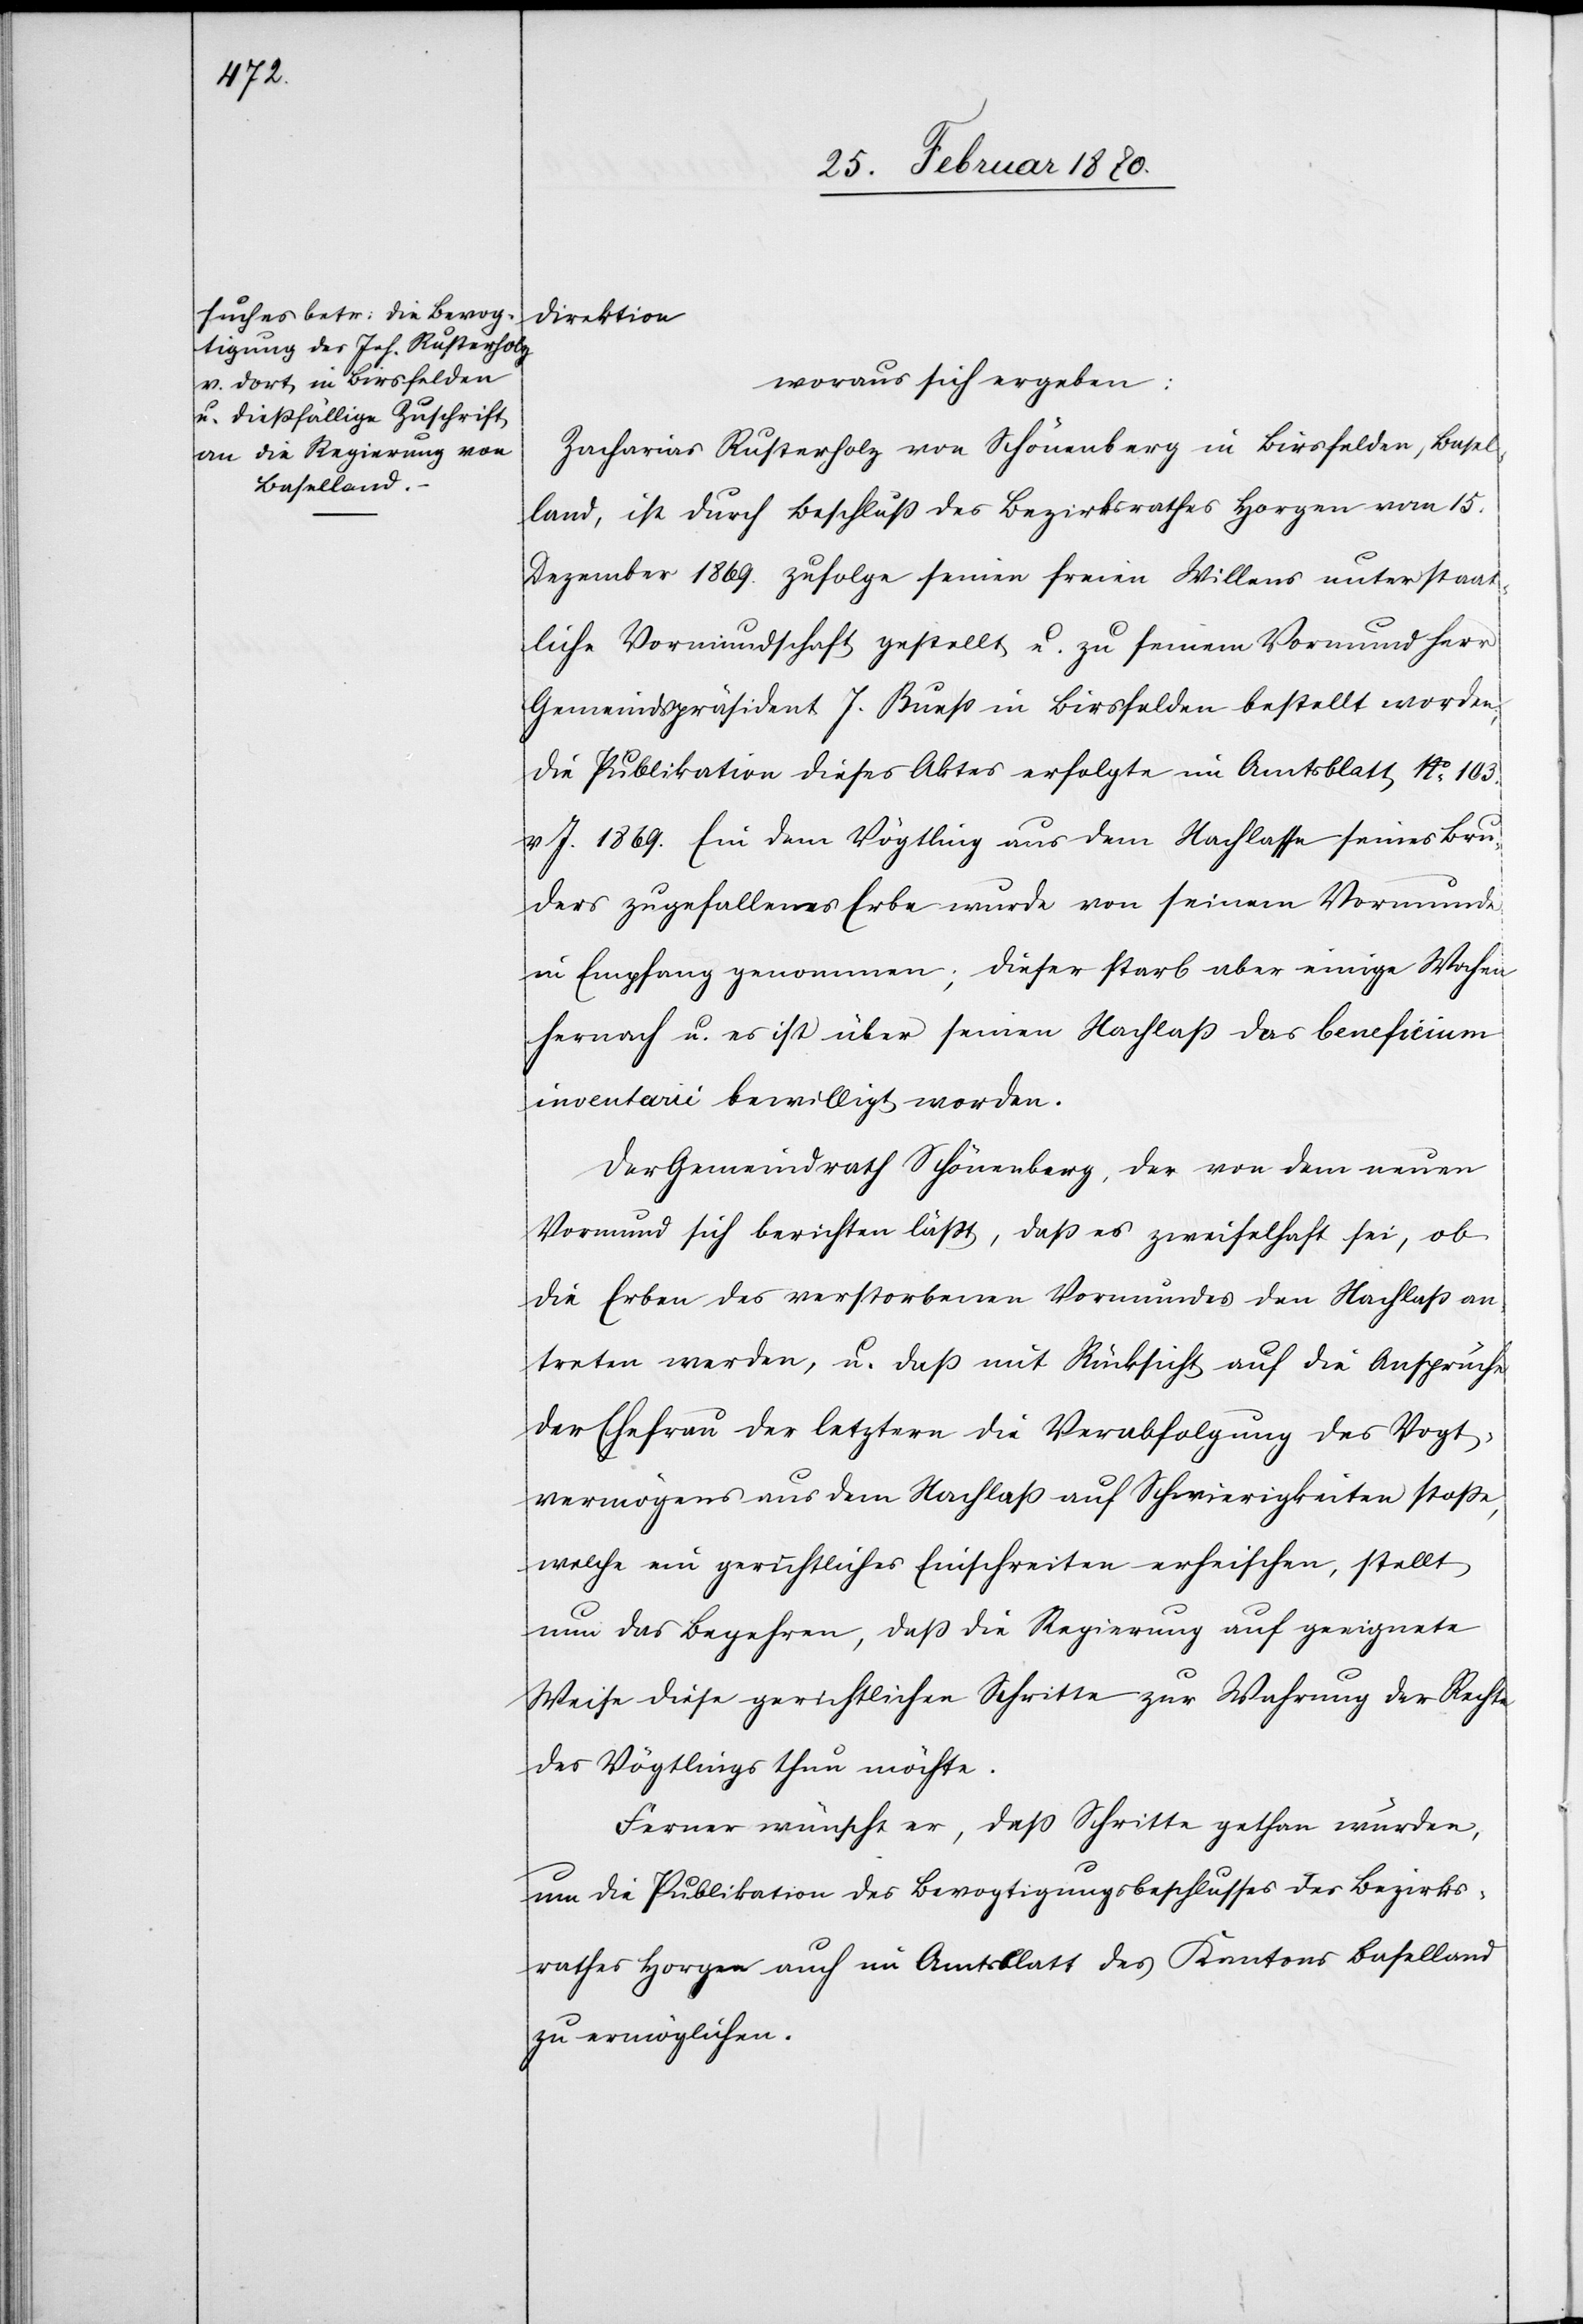
direktion
woraus sich ergeben:
Zacharias [sic!] Rusterholz von Schönenberg in Birsfelden, Basel¬
land, ist durch Beschluß des Bezirksrathes Horgen vom 15.
Dezember 1869. zufolge seinen freien Willens unter staat¬
liche Vormundschaft gestellt u. zu seinem Vormund Herr
Gemeindspräsident J. Bueß in Birsfelden bestellt worden;
die Publikation dieses Aktes erfolgte im Amtsblatt No. 103
v J. 1869. Ein dem Vögtling aus dem Nachlasse seines Bru¬
ders zugefallenes Erbe wurde von seinem Vormunde
in Empfang genommen; dieser starb aber einige Wochen
hernach u. es ist über seinen Nachlaß das beneficium
inventarii bewilligt worden.
Der Gemeindrath Schönenberg, der von dem neuen
Vormund sich berichten läßt, daß es zweifelhaft sei, ob
die Erben des verstorbenen Vormundes den Nachlaß an¬
treten werden, u. daß mit Rücksicht auf die Ansprüche
der Ehefrau des letztern die Verabfolgung des Vogt¬
vermögens aus dem Nachlaß auf Schwierigkeiten stoße,
welche ein gerichtliches Einschreiten erheischen, stellt
nun das Begehren, daß die Regierung auf geeignete
Weise diese gerichtlichen Schritte zur Wahrung der Rechte
des Vögtlings thun möchte.
Ferner wünscht er, daß Schritte gethan würden,
um die Publikation des Bevogtigungsbeschlusses des Bezirks¬
rathes Horgen auch im Amtsblatt des Kantons Baselland
zu ermöglichen.